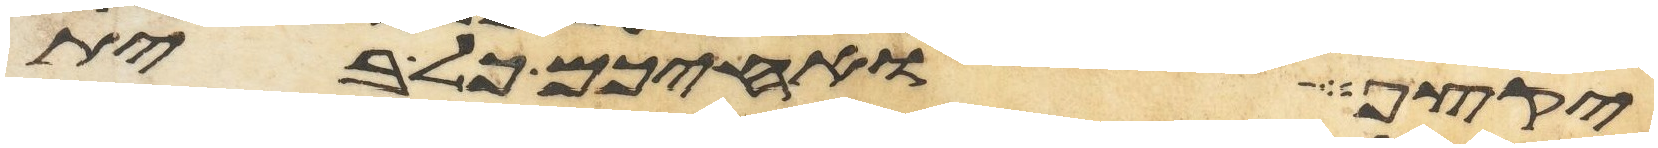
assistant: יקצף ואחיכם כל בית